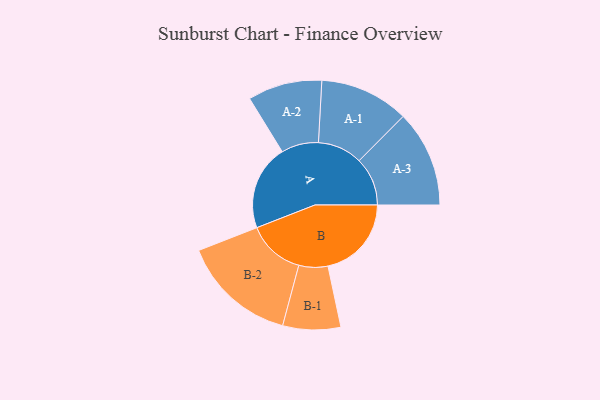
{"axis": {"x": "Segment", "y": "Value"}, "legend": ["", "A", "B"], "data": [{"x": "A", "y": 413, "type": ""}, {"x": "B", "y": 404, "type": ""}, {"x": "A-1", "y": 216, "type": "A"}, {"x": "A-2", "y": 180, "type": "A"}, {"x": "A-3", "y": 234, "type": "A"}, {"x": "B-1", "y": 140, "type": "B"}, {"x": "B-2", "y": 278, "type": "B"}]}